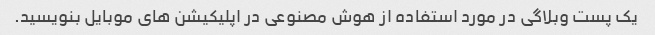
یک پست وبلاگی در مورد استفاده از هوش مصنوعی در اپلیکیشن های موبایل بنویسید.